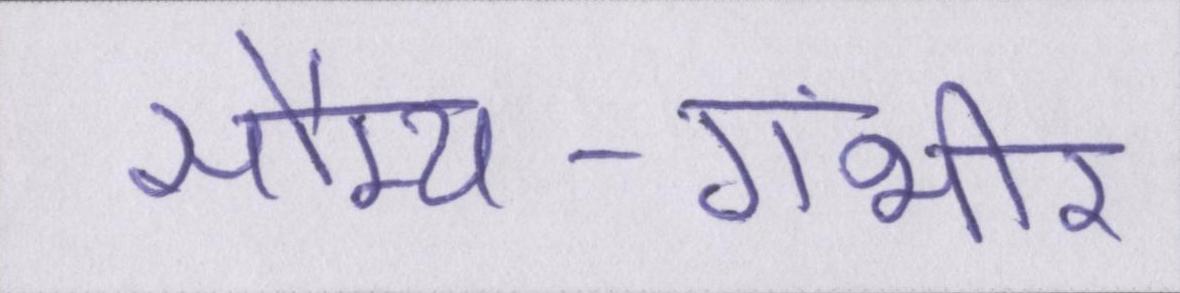
सौम्य-गंभीर